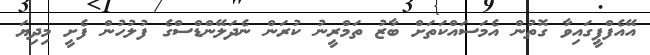
އޭއެފްޕީގައިވާ ގޮތުން އެމަސައްކަތަށް ބާޒު ތަމްރީނު ކުރަން ނެދަލޭންޑްސްގެ ފުލުހުން ފެށީ މިދިޔަ